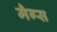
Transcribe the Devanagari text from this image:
मैग्स